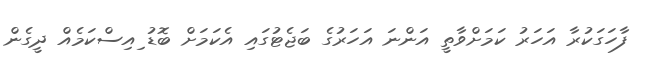
ފާހަގަކުރާ އަަހަރު ކަމަށްވާތީ އަންނަ އަހަރުގެ ބަޖެޓުގައި އެކަމަށް ބޮޑު ިއިސްކަމެއް ދީގެން